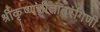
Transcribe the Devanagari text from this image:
श्रीकृष्णलीलातरंगिणी